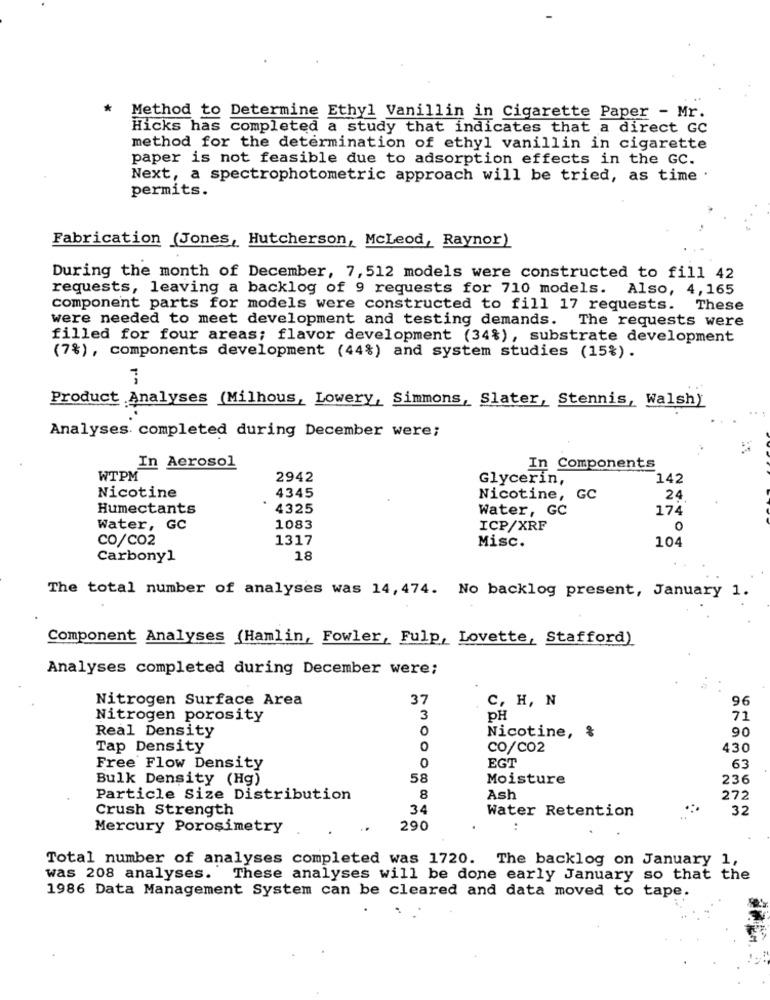
Method to Determine Ethyl Vanillin in Cigarette Paper - Mr.
Hicks has completed a study that indicates that a direct GC
method for the determination of ethyl vanillin in cigarette
paper is not feasible due to adsorption effects in the GC.
Next, a spectrophotometric approach will be tried, as time
permits.
Fabrication (Jones, Hutcherson, McLeod, Raynor)
During the month of December, 7, 512 models were constructed to fill 42
requests, leaving a backlog of 9 requests for 710 models. Also, 4,165
component parts for models were constructed to fill 17 requests.
These
were needed to meet development and testing demands. The requests were
filled for four areas; flavor development (34%), substrate development
(7%), components development (44%) and system studies (15%) .
3
Product Analyses (Milhous, Lowery, Simmons, Slater, Stennis, Walsh)
Analyses completed during December were;
In Aerosol
In Components
WTPM
2942
Glycerin,
142
4345
Nicotine
Nicotine, GC
24
Humectants
4325
Water, GC
174
Water, GC
1083
ICP/XRF
0
CO/CO2
1317
104
Misc.
Carbonyl
18
The total number of analyses was 14, 474. No backlog present, January 1.
Component Analyses (Hamlin, Fowler, Fulp, Lovette, Stafford)
Analyses completed during December were;
Nitrogen Surface Area
37
C, H, N
96
Nitrogen porosity
3
pH
71
O
Nicotine, &
90
Real Density
Tap Density
CO/CO2
430
0
Free Flow Density
EGT
63
Bulk Density (Hg)
58
Moisture
236
Particle Size Distribution
8
Ash
272
Crush Strength
34
Water Retention
32
Mercury Porosimetry
..
290
:
Total number of analyses completed was 1720. The backlog on January 1,
was 208 analyses. These analyses will be done early January so that the
1986 Data Management System can be cleared and data moved to tape.